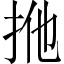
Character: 𢫌